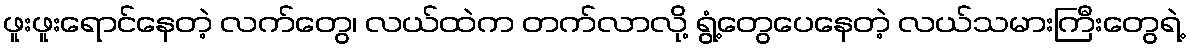
ဖူးဖူးရောင်နေတဲ့ လက်တွေ၊ လယ်ထဲက တက်လာလို့ ရွံ့တွေပေနေတဲ့ လယ်သမားကြီးတွေရဲ့